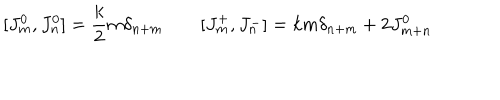
[ J _ { m } ^ { 0 } , J _ { n } ^ { 0 } ] = \frac { k } { 2 } m \delta _ { n + m } \qquad [ J _ { m } ^ { + } , J _ { n } ^ { - } ] = k m \delta _ { n + m } + 2 J _ { m + n } ^ { 0 }